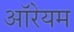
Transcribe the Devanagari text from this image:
ऑरेयम